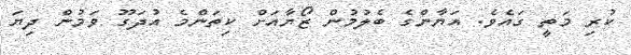
ކުރި މަތީ ގައެވެ. އަޔާންގެ ބެލުމުން ޒޯޔާއަށް ކިތަންމެ އުދަގޫ ވަމުން ދިޔަ